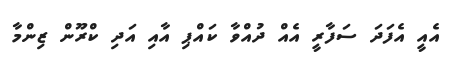
އެއީ އެފަދަ ސަފާރީ އެއް ދުއްވާ ކައްޕި އާއި އަދި ކްރޫން ޒިންމާ